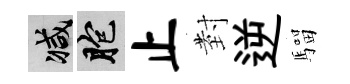
减胞止𭔹逆騮